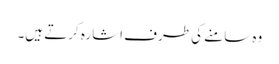
وہ سامنے کی طرف اشارہ کرتے ہیں۔